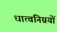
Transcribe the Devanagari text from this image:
धात्वनिग्नयों